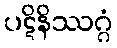
ပဋိနိဿဂ္ဂံ